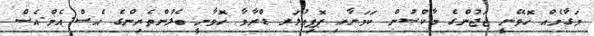
މަގާމެއް ހޮވޭނީ ޖަޖުންގެ މާކްސުން ކަމަށާއި ޕޮޕިއުލަރ ޑްރާމާ ހޮވާނީ ބެލުންތެރިންގެ އެސް.އެމް.އެސް